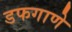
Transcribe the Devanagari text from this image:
डफगाणे